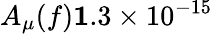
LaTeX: A_{\mu}(f)\le 1.3\times 10^{-15}